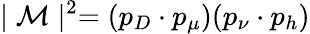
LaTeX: \mid{\cal M}\mid^{2}=(p_{D}\cdot p_{\mu})(p_{\nu}\cdot p_{h})